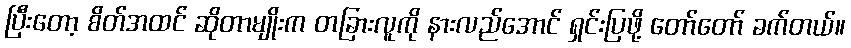
ပြီးတော့ စိတ်အထင် ဆိုတာမျိုးက တခြားလူကို နားလည်အောင် ရှင်းပြဖို့ တော်တော် ခက်တယ်။